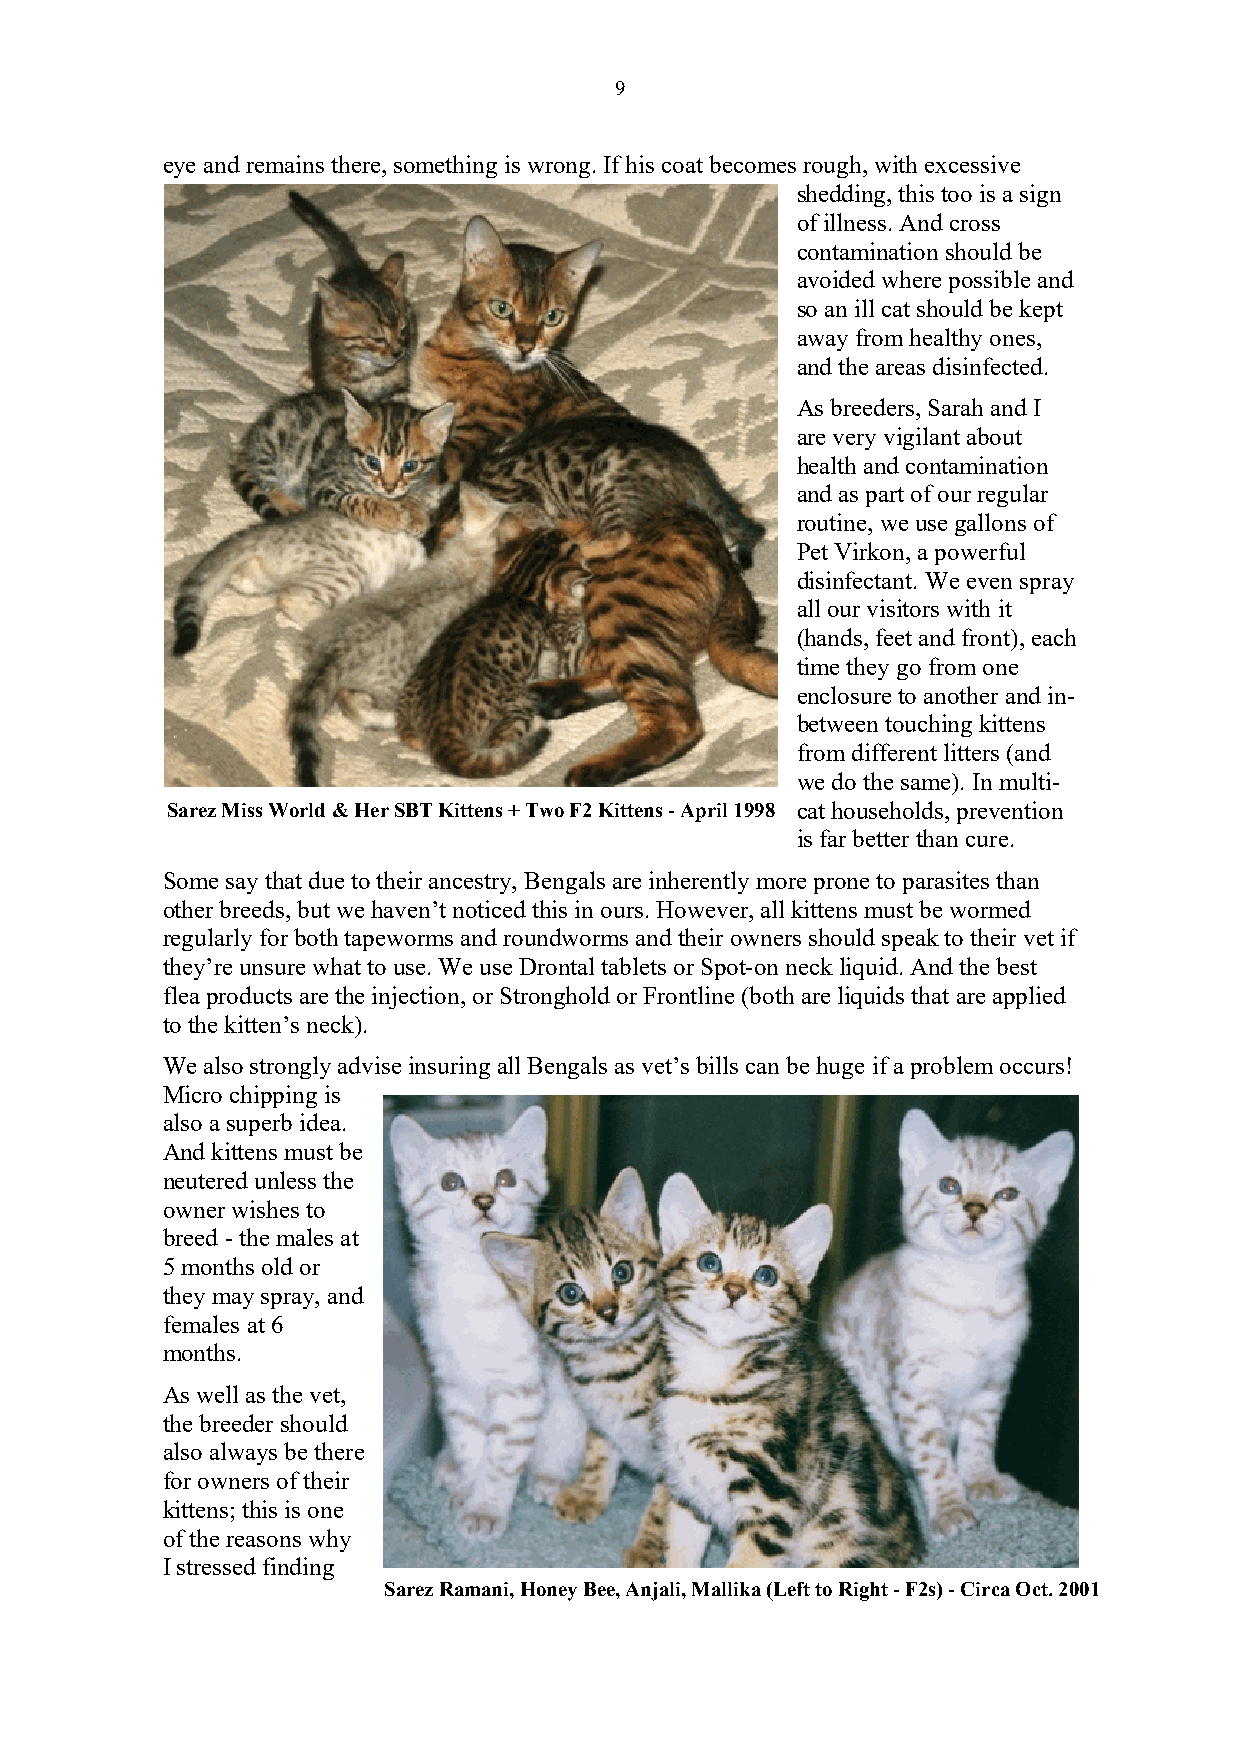
9
 eye and remains there, something is wrong. If his coat becomes rough, with excessive
 shedding, this too is a sign
 of illness. And cross
 contamination should be
 avoided where possible and
 so an ill cat should be kept
 away from healthy ones,
 and the areas disinfected.
 As breeders, Sarah and I
 are very vigilant about
 health and contamination
 and as part of our regular
 routine, we use gallons of
 Pet Virkon, a powerful
 disinfectant. We even spray
 all our visitors with it
 (hands, feet and front), each
 time they go from one
 enclosure to another and in-
 between touching kittens
 from different litters (and
 we do the same). In multi-
 Sarez Miss World & Her SBT Kittens + Two F2 Kittens - April 1998 cat households, prevention
 is far better than cure.
 Some say that due to their ancestry, Bengals are inherently more prone to parasites than
 other breeds, but we haven’t noticed this in ours. However, all kittens must be wormed
 regularly for both tapeworms and roundworms and their owners should speak to their vet if
 they’re unsure what to use. We use Drontal tablets or Spot-on neck liquid. And the best
 flea products are the injection, or Stronghold or Frontline (both are liquids that are applied
 to the kitten’s neck).
 We also strongly advise insuring all Bengals as vet’s bills can be huge if a problem occurs!
 Micro chipping is
 also a superb idea.
 And kittens must be
 neutered unless the
 owner wishes to
 breed - the males at
 5 months old or
 they may spray, and
 females at 6
 months.
 As well as the vet,
 the breeder should
 also always be there
 for owners of their
 kittens; this is one
 of the reasons why
 I stressed finding
 Sarez Ramani, Honey Bee, Anjali, Mallika (Left to Right - F2s) - Circa Oct. 2001